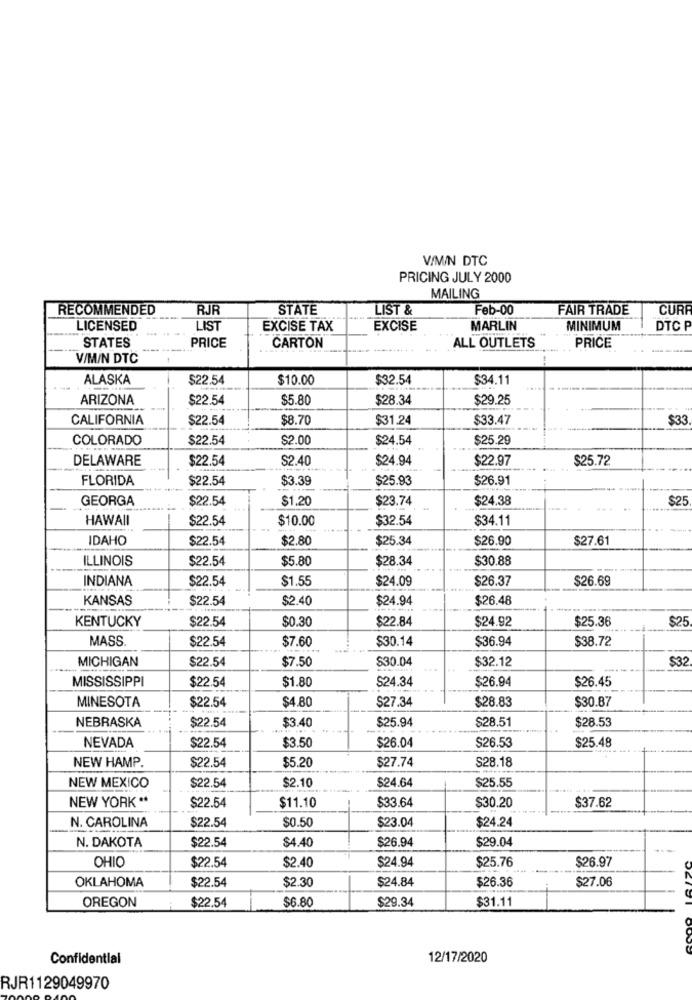
V/MIN DTC
PRICING JULY 2000
MAILING
RECOMMENDED
RJR
STATE
LIST &
Feb-00
FAIR TRADE
CURR
LICENSED
LIST
EXCISE TAX
EXCISE
MARLIN
MINIMUM
DTC P
PRICE
STATES
CARTON
ALL OUTLETS
PRICE
V/M/N DTC
ALASKA
$22.54
$10.00
$32.54
$34.11
ARIZONA
$22.54
$5.80
$28.34
$29.25
CALIFORNIA
$22.54
$8.70
$31.24
$33.47
$3
COLORADO
$22.54
$2.00
$24.54
$25.29
DELAWARE
$22.54
$2.40
$24.94
$22.97
$25.72
FLORIDA
$22.54
$3.39
$25.93
$26.91
GEORGA
$22.54
$1.20
$23.74
$24.38
$25
HAWAII
$22.54
$10.00
$32.54
$34.11
IDAHO
$22.54
$2.80
$25.34
$26.90
$27.61
ILLINOIS
$22.54
$5.80
$28.34
$30.88
INDIANA
$22.54
$1.55
$24.09
$26.37
$26.69
KANSAS
$22.54
$2.40
$24.94
$26.48
KENTUCKY
$0.30
$22.84
$24.92
$25.36
$25
$22.54
MASS.
$22.54
$7.60
$30.14
$36.94
$38.72
MICHIGAN
$22.54
$7.50
$30.04
$32.12
$32
MISSISSIPPI
$22.54
$1.80
$24.34
$26.94
$26.45
MINESOTA
$4.80
$27.34
$28.83
$30.87
$22.54
NEBRASKA
$3.40
$25.94
$28.51
$28.53
$22.54
$26.04
NEVADA
$22.54
$3.50
$26.53
$25.48
NEW HAMP.
$22.54
$5.20
$27.74
$28.18
$2.10
$24.64
$25.55
NEW MEXICO
$22.54
NEW YORK **
$33.64
$37.62
$22.54
$11.10
$30.20
N. CAROLINA
$22.54
$0.50
$23.04
$24.24
N. DAKOTA
$22.54
$4.40
$26.94
$29.04
OHIO
$2.40
$24.94
$22.54
$25.76
$26.97
OKLAHOMA
$2.30
$24.84
$26.36
$27.06
$22.54
OREGON
$6.80
$29.34
$22.54
$31.11
Confidential
12/17/2020
RJR1129049970